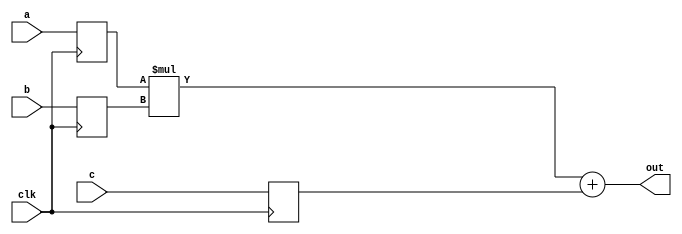
// Created by prof. Mingu Kang @VVIP Lab in UCSD ECE department
// Please do not spread this code without permission 
module mac (clk, out, a, b, c);

parameter bw = 4;
parameter psum_bw = 16;

output signed [psum_bw-1:0] out;
input signed [bw-1:0] a;
input signed [bw-1:0] b;
input signed [psum_bw-1:0] c;
input signed clk;

wire signed  [2*bw-1:0] product;

reg signed   [bw-1:0] a_q;
reg signed   [bw-1:0] b_q;
reg signed   [psum_bw-1:0] c_q;

assign product = a_q*b_q;
assign out     = product + c_q;

always @ (posedge clk) begin
        b_q  <= b;
        a_q  <= a;
        c_q  <= c;
end

endmodule